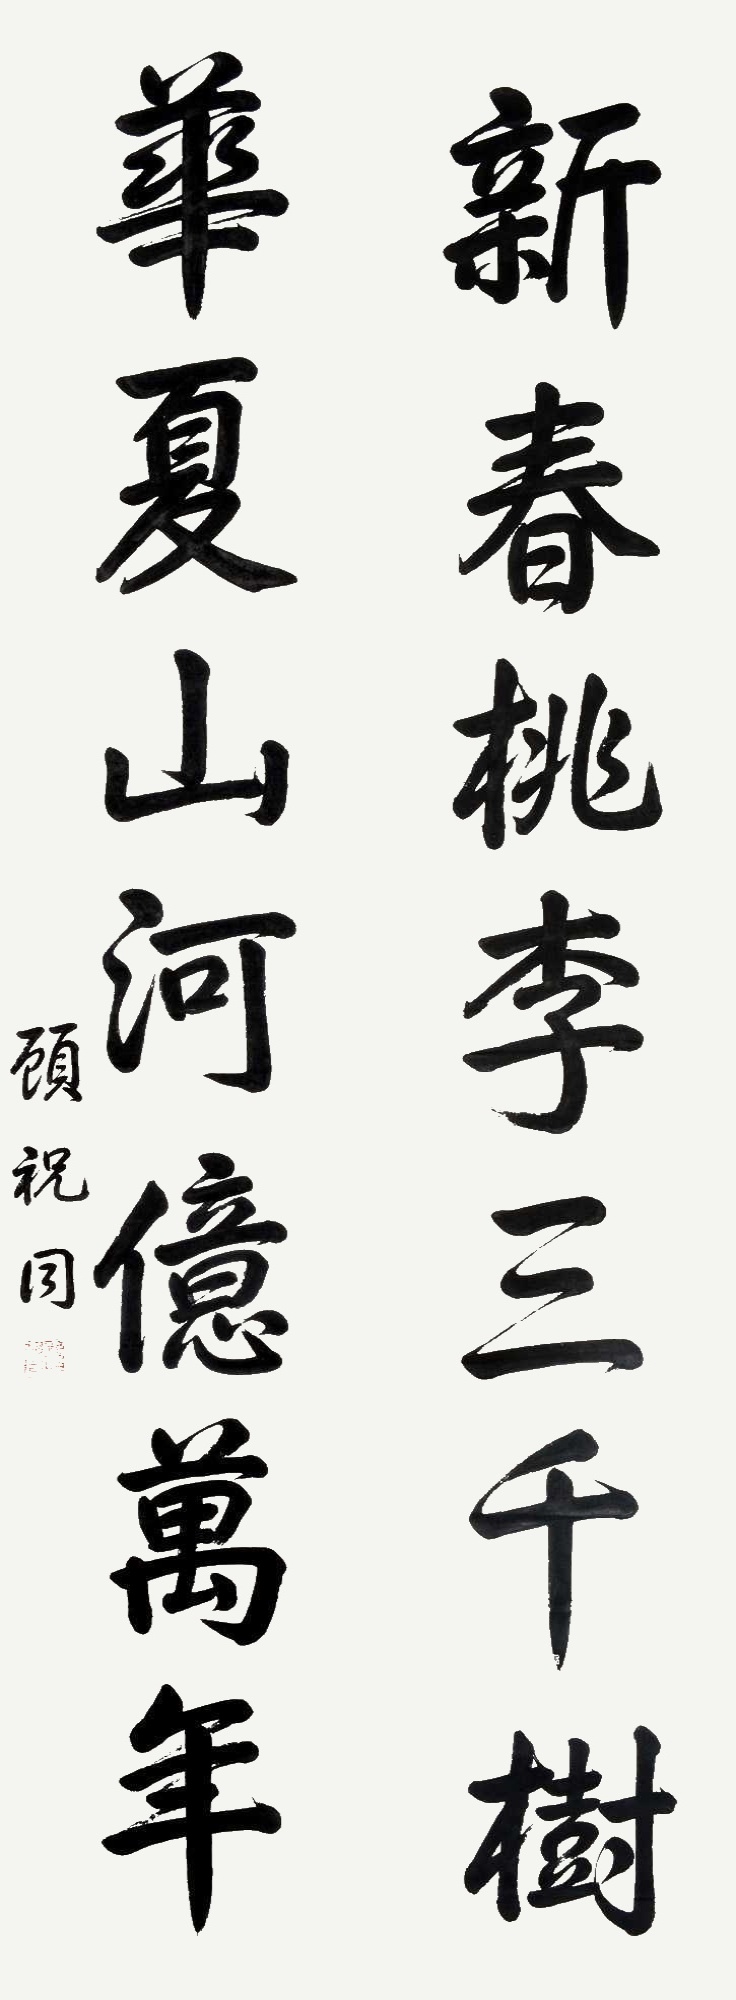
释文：新春桃李三千树，华夏山河亿万年。顾祝同。